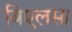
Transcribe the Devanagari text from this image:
बिएलसा